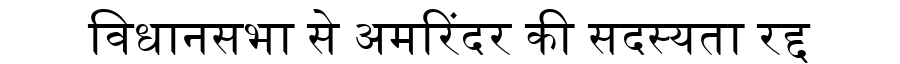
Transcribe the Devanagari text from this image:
विधानसभा से अमरिंदर की सदस्यता रद्द